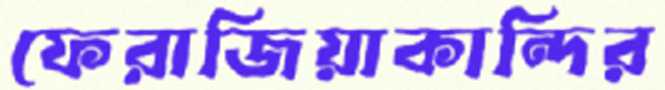
ফেরাজিয়াকান্দির